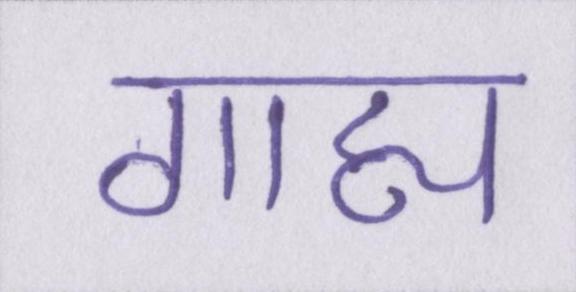
गाह्य